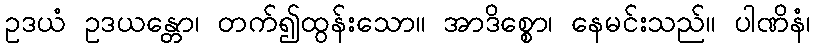
ဥဒယံ ဥဒယန္တော၊ တက်၍ထွန်းသော။ အာဒိစ္စော၊ နေမင်းသည်။ ပါဏိနံ၊